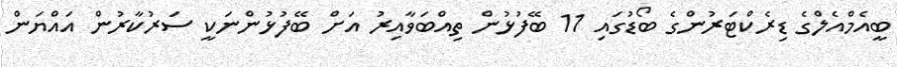
ބީއެމްއެލްގެ ޑިރެކްޓަރުންގެ ބޯޑުގައި 11 ބޭފުޅުން ތިއްބަވާއިރު އަށް ބޭފުޅުންނަކީ ސަރުކާރުން އައްޔަން